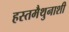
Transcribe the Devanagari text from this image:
हस्तमैथुनाशी